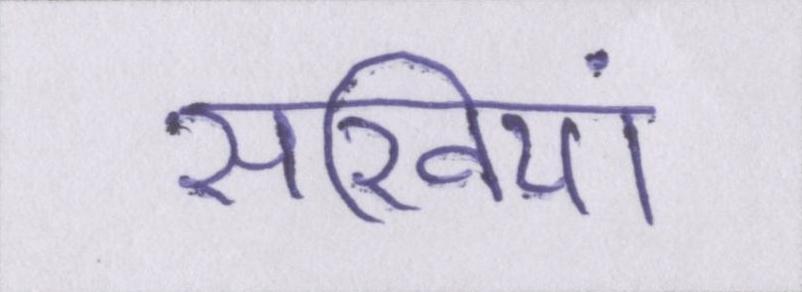
सखियां